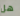
هل